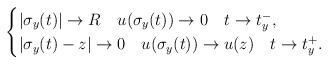
LaTeX: \begin{align*}\begin{cases}|\sigma_y(t)|\to R\ \,\ \,u(\sigma_y(t))\to 0\ \,\ \,t\to t_y^-,\ \ &\\|\sigma_y(t)-z|\to 0 \ \,\ \,u(\sigma_y(t))\to u(z)\ \,\ \, t\to t_y^+. &\end{cases}\end{align*}